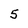
Character: 5